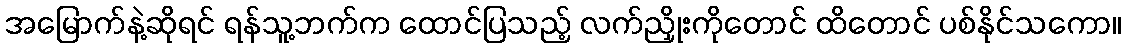
အမြောက်နဲ့ဆိုရင် ရန်သူ့ဘက်က ထောင်ပြသည့် လက်ညှိုးကိုတောင် ထိတောင် ပစ်နိုင်သကော။